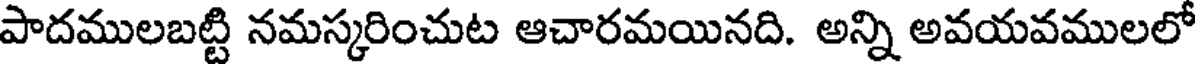
పాదములబట్టి నమస్కరించుట ఆచారమయినది. అన్ని అవయవములలో